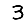
Digit: 3